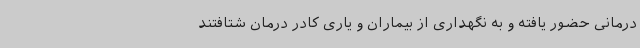
درمانی حضور یافته و به نگهداری از بیماران و یاری کادر درمان شتافتند